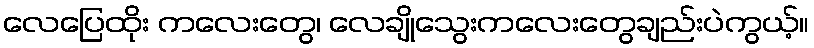
လေပြေထိုး ကလေးတွေ၊ လေချိုသွေးကလေးတွေချည်းပဲကွယ့်။